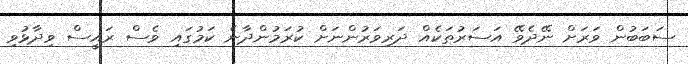
ސަބަބުން ވަރަށް ނޭދެވޭ އަސަރުތަކެއް ދަރިވަރުންނަށް ކުރަމުންދާނެ ކަމުގައި ވެސް ރައީސް ވިދާޅުވި